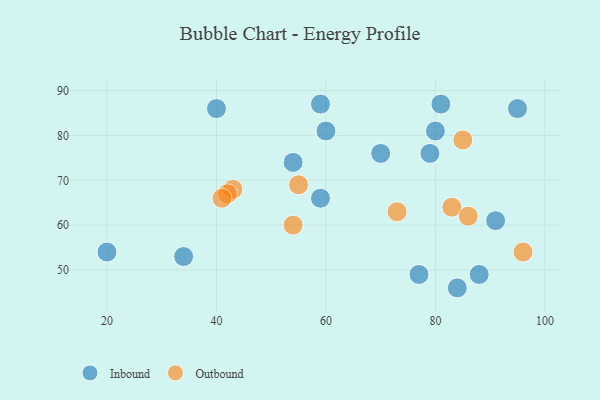
{"axis": {"x": "GDP", "y": "Life Expectancy"}, "legend": ["Inbound", "Outbound"], "data": [{"x": "91", "y": 61, "type": "Inbound"}, {"x": "20", "y": 54, "type": "Inbound"}, {"x": "59", "y": 87, "type": "Inbound"}, {"x": "84", "y": 46, "type": "Inbound"}, {"x": "80", "y": 81, "type": "Inbound"}, {"x": "70", "y": 76, "type": "Inbound"}, {"x": "88", "y": 49, "type": "Inbound"}, {"x": "95", "y": 86, "type": "Inbound"}, {"x": "54", "y": 74, "type": "Inbound"}, {"x": "60", "y": 81, "type": "Inbound"}, {"x": "59", "y": 66, "type": "Inbound"}, {"x": "81", "y": 87, "type": "Inbound"}, {"x": "79", "y": 76, "type": "Inbound"}, {"x": "40", "y": 86, "type": "Inbound"}, {"x": "34", "y": 53, "type": "Inbound"}, {"x": "77", "y": 49, "type": "Inbound"}, {"x": "43", "y": 68, "type": "Outbound"}, {"x": "42", "y": 67, "type": "Outbound"}, {"x": "41", "y": 66, "type": "Outbound"}, {"x": "83", "y": 64, "type": "Outbound"}, {"x": "96", "y": 54, "type": "Outbound"}, {"x": "54", "y": 60, "type": "Outbound"}, {"x": "55", "y": 69, "type": "Outbound"}, {"x": "73", "y": 63, "type": "Outbound"}, {"x": "85", "y": 79, "type": "Outbound"}, {"x": "86", "y": 62, "type": "Outbound"}]}